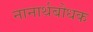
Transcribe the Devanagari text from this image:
नानार्थबोधक